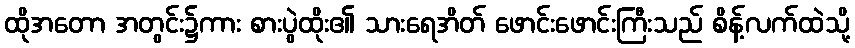
ထိုအတော အတွင်း၌ကား စားပွဲထိုး၏ သားရေအိတ် ဖောင်းဖောင်းကြီးသည် စိန့်လက်ထဲသို့